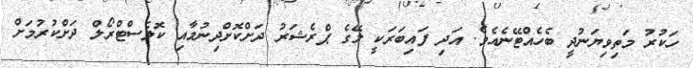
ހަކުރު މަތިވިޔަނުދީ ބެހެއްޓޭނެއެވެ. އަދި ފައިބަރަކީ ލޭގެ ޕްރެޝަރު ދަށްކޮށްދިނުމާއި ކޮލެސްޓްރޯލް ދަށްކުރުމަށް